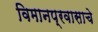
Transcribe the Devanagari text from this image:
विमानप्रवासाचे